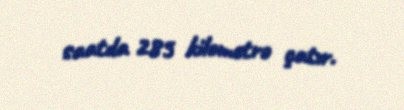
saatda 285 kilometrə çatır.